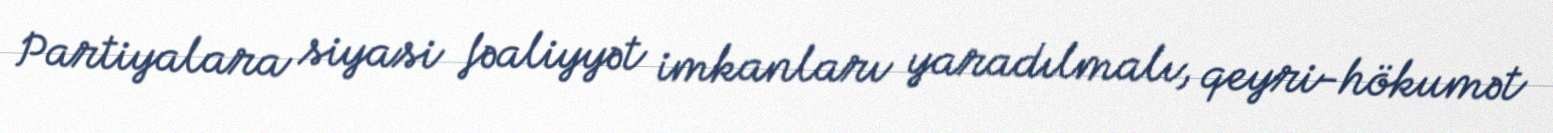
Partiyalara siyasi fəaliyyət imkanları yaradılmalı, qeyri-hökumət